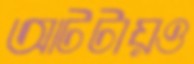
আটটায়ও